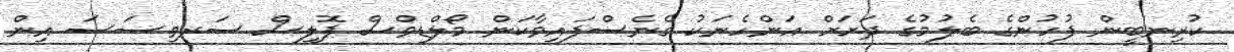
ކުރިނބީން ފުުހުންގެ ބެލުމުގެ ދަށަށް އަންހެނަކު ގެނެސްފައިވާކަން މޯލްޑިވްސް ޕޮލިސް ސަރވިސަސަ އިން